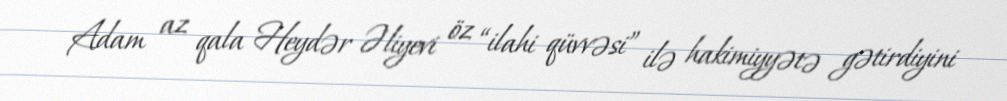
Adam az qala Heydər Əliyevi öz “ilahi qüvvəsi” ilə hakimiyyətə gətirdiyini